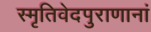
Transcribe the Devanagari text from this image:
स्मृतिवेदपुराणानां